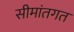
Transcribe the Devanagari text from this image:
सीमांतगत